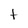
Character: t